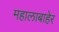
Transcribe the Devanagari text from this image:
महालाबाहेर